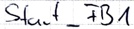
Text: Start_FB1